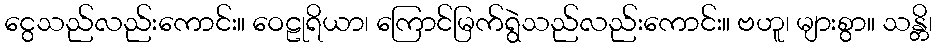
ငွေသည်လည်းကောင်း။ ဝေဠုရိယာ၊ ကြောင်မြက်ရွဲသည်လည်းကောင်း။ ဗဟူ၊ များစွာ။ သန္တိ၊